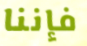
فإننا